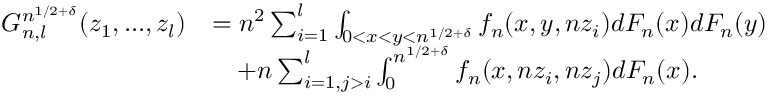
\begin{array} { r l } { G _ { n , l } ^ { n ^ { 1 / 2 + \delta } } ( z _ { 1 } , . . . , z _ { l } ) } & { = n ^ { 2 } \sum _ { i = 1 } ^ { l } \int _ { 0 < x < y < n ^ { 1 / 2 + \delta } } f _ { n } ( x , y , n z _ { i } ) d F _ { n } ( x ) d F _ { n } ( y ) } \\ & { \quad + n \sum _ { i = 1 , j > i } ^ { l } \int _ { 0 } ^ { n ^ { 1 / 2 + \delta } } f _ { n } ( x , n z _ { i } , n z _ { j } ) d F _ { n } ( x ) . } \end{array}